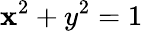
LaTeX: \mathbf{x}^{2}+y^{2}=1